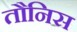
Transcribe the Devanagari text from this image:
तौनिस